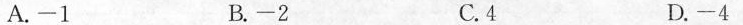
A.-1 B.-2 C.4 D.-4